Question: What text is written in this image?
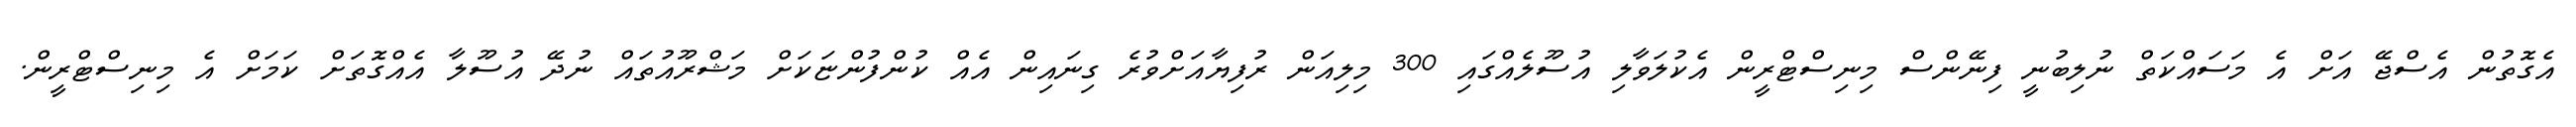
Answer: އެގޮތުން އެސްޖޭ އަށް އެ މަސައްކަތް ނުލިބުނީ ފިނޭންސް މިނިސްޓްރީން އެކުލަވާލި އުސޫލެއްގައި 300 މިލިއަން ރުފިޔާއަށްވުރެ ގިނައިން އެއް ކުންފުންޏަކަށް މަޝްރޫއުތައް ނުދޭ އުސޫލާ އެއްގޮތަށް ކަމަށް އެ މިނިސްޓްރީން.